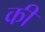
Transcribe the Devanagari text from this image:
की